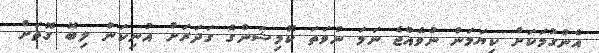
އެންގުމަކަށް ކިޔަމަން ނުވެއްޖެ ނަމަ ނުވަތަ ކޮމިޝަންގެ ގަދަރަށް އުނިކަން ލިބޭ ގޮތަށް